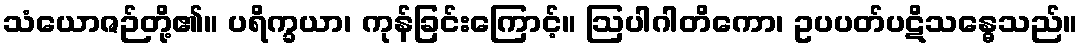
သံယောဇဉ်တို့၏။ ပရိက္ခယာ၊ ကုန်ခြင်းကြောင့်။ ဩပါဂါတိကော၊ ဥပပတ်ပဋိသန္ဓေသည်။